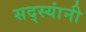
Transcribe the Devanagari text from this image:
सद्स्यांनी